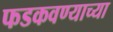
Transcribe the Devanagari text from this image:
फडकवण्याच्या